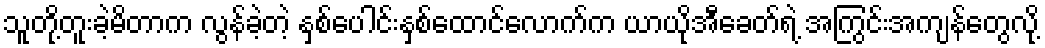
သူတို့တူးခဲ့မိတာက လွန်ခဲ့တဲ့ နှစ်ပေါင်းနှစ်ထောင်လောက်က ယာယိုအီခေတ်ရဲ့ အကြွင်းအကျန်တွေလို့